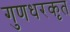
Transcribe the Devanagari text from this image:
गुणधरकृत